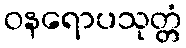
ဝနရောပသုတ္တံ